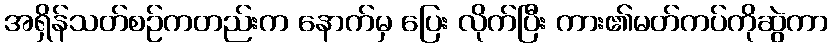
အရှိန်သတ်စဉ်ကတည်းက နောက်မှ ပြေး လိုက်ပြီး ကား၏မတ်ကပ်ကိုဆွဲကာ